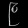
Digit: ၉